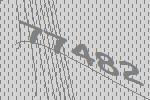
77482